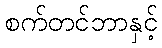
စက်တင်ဘာနှင့်